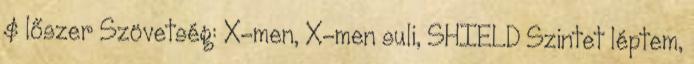
$ lőszer Szövetség: X-men, X-men suli, SHIELD Szintet léptem,